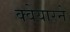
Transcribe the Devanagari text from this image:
क्वेयारने